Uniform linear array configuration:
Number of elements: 8
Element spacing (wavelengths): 0.25
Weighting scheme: cosine
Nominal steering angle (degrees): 45
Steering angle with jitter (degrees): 45.152
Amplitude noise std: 0.05
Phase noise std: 0.05

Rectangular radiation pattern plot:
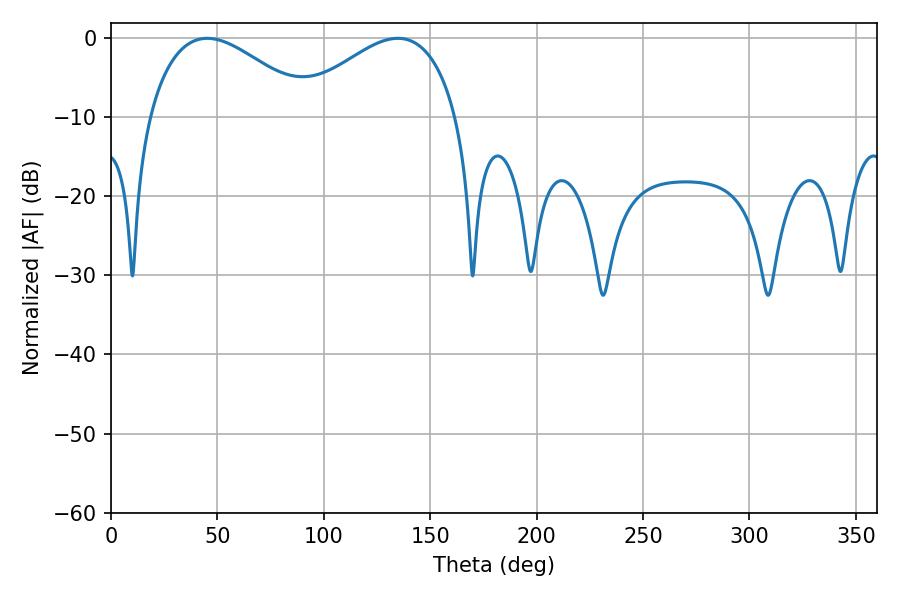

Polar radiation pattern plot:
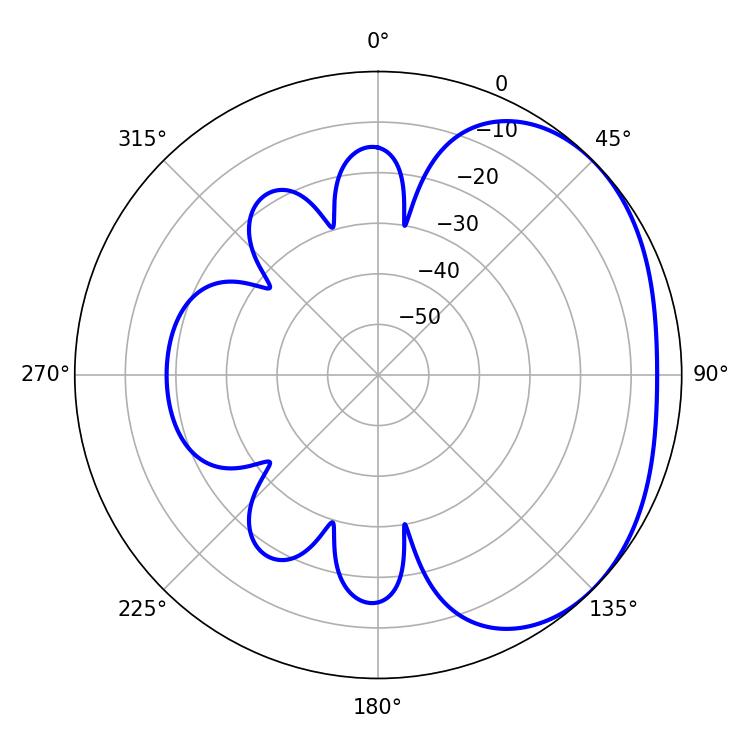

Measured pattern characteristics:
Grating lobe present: FALSE
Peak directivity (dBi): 2.421
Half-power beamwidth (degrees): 42.12
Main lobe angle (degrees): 45.18